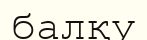
балқу